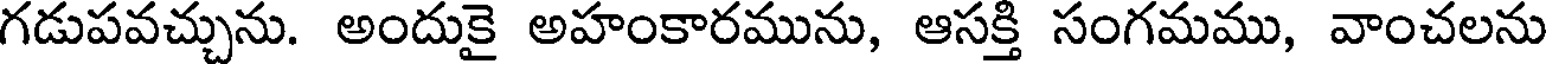
గడుపవచ్చును. అందుకై అహంకారమును, ఆసక్తి సంగమము, వాంచలను